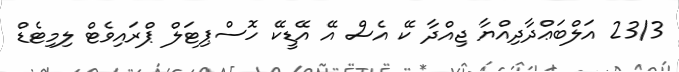
23/3 އަލްބަޢްދާދިއްޔާ ޖިއްދާ ކޭ އެސް އޭ އޭޑީކޭ ހޮސްޕިޓަލް ޕްރައިވެޓް ލިމިޓެޑް